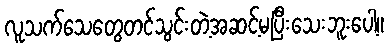
လူသက်သေတွေတင်သွင်းတဲ့အဆင့်မပြီးသေးဘူးပေါ့။